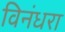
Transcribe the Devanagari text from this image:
विनंधरा